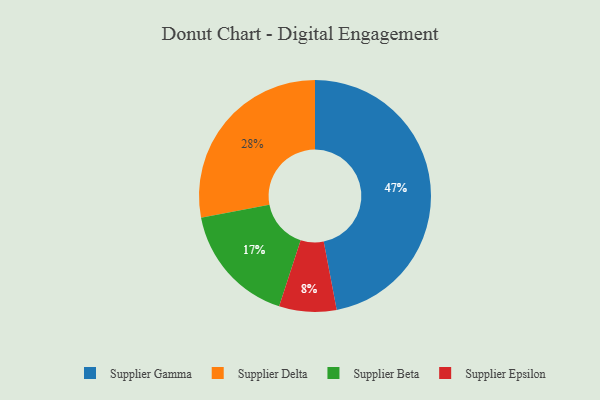
{"axis": {"x": "Category", "y": "Percentage"}, "legend": ["Supplier Beta", "Supplier Delta", "Supplier Epsilon", "Supplier Gamma"], "data": [{"x": "Supplier Epsilon", "y": 8, "type": "Supplier Epsilon"}, {"x": "Supplier Delta", "y": 28, "type": "Supplier Delta"}, {"x": "Supplier Beta", "y": 17, "type": "Supplier Beta"}, {"x": "Supplier Gamma", "y": 47, "type": "Supplier Gamma"}]}